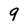
Character: 9